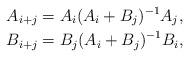
LaTeX: \begin{align*}A_{i+j}&=A_{i}(A_{i}+B_{j})^{-1}A_{j},\\B_{i+j}&=B_{j}(A_{i}+B_{j})^{-1}B_{i},\end{align*}